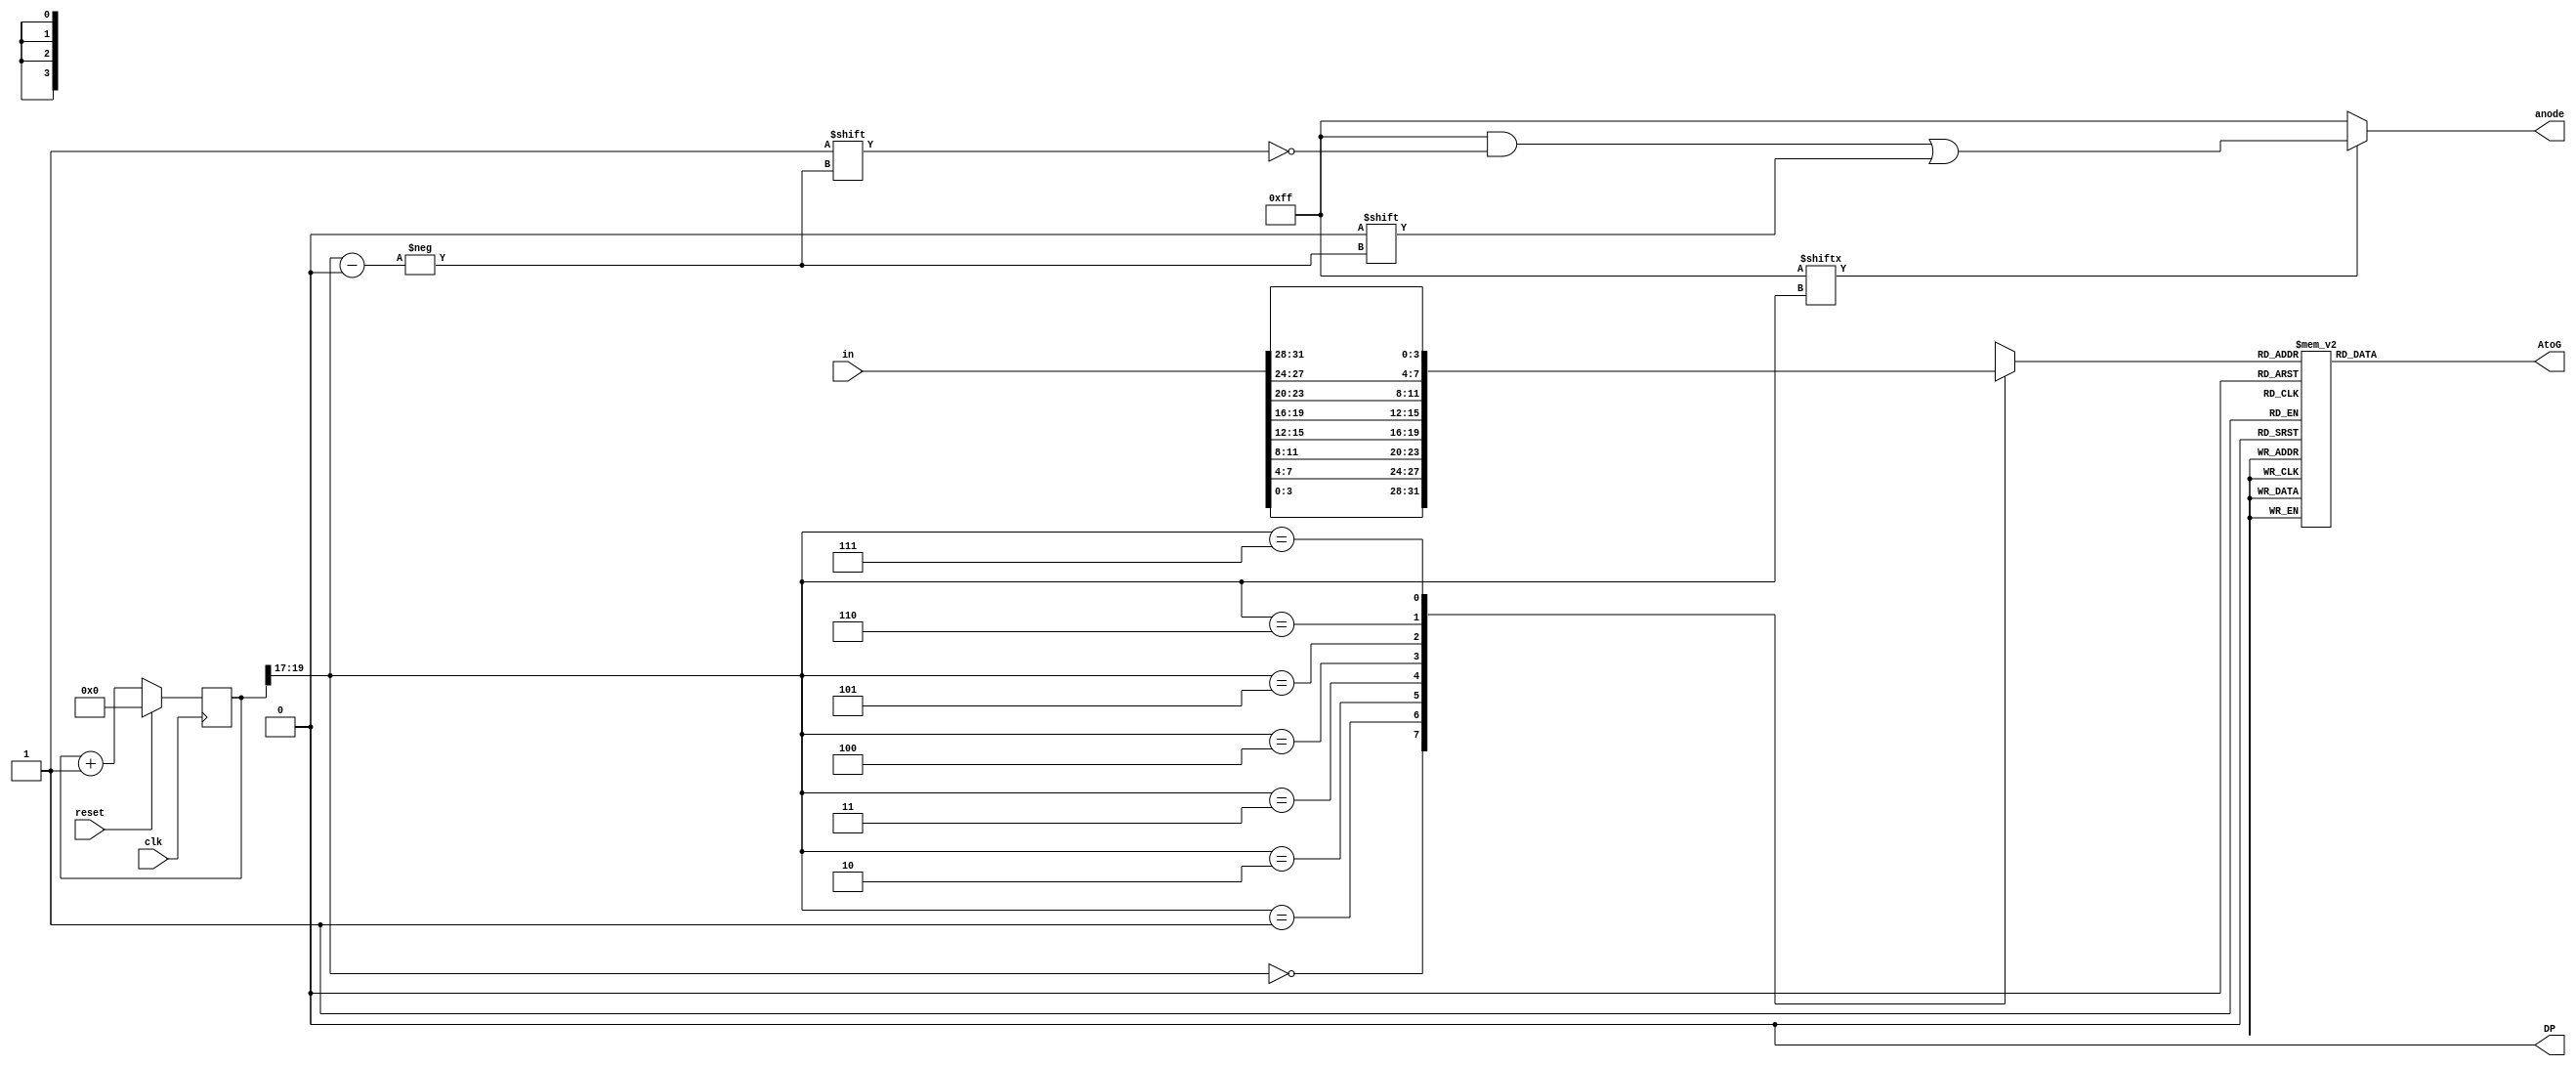
`timescale 1ns / 1ps
//////////////////////////////////////////////////////////////////////////////////
// Company: 
// Engineer: 
// 
// Design Name: 
// Module Name: ssd
// Project Name: 
// Target Devices: 
// Tool Versions: 
// Description: 
// 
// Dependencies: 
// 
// Revision:
// Revision 0.01 - File Created
// Additional Comments:
// 
//////////////////////////////////////////////////////////////////////////////////


`define anodeOn 8'hFF                   //AnodeON definition
`define initialDisplay 8'hFF            //initial 7-seg display definition 
`define DPOff 1'b0                      //DP is off definition

module ssd(
        input clk,                      //clock
        input reset,                    //reset
        input [31:0] in,                //input of size 32
        output DP,                      //decimal
        output reg [7:0] anode,         //anode for 7-segment
        output reg [6:0] AtoG           //AtoG for 7-segment conversion
            );
            
        wire [2:0] displaySelect;       //select the display
        wire [7:0] anodeEn;             //anode enable
        reg [3:0] digitDisplay = 0;     //which digit to display (4-bit)
        reg [19:0] clkCounter = 0;      //clock counter register for setting speeds
        
        assign DP = `DPOff;                             //set decimal point to be off
        assign displaySelect = clkCounter[19:17];       //clock counter register
        assign anodeEn = `initialDisplay;               //initial display
        
        //clock counter block
        always@(posedge clk)
            begin
                if(reset)
                    clkCounter <= 0;
                else
                    clkCounter <= clkCounter + 1;
            end
         
        always@(anodeEn, displaySelect)
            begin
                anode = `anodeOn;
                if(anode[displaySelect])
                    anode[displaySelect] = 1'b0;
            end
            
        //always block for input and display select
        always@(in, displaySelect)
            begin
                //case for display select
                case(displaySelect)
                    3'b000:     digitDisplay = in[3:0];
                    3'b001:     digitDisplay = in[7:4];
                    3'b010:     digitDisplay = in[11:8];
                    3'b011:     digitDisplay = in[15:12];
                    3'b100:     digitDisplay = in[19:16];
                    3'b101:     digitDisplay = in[23:20];
                    3'b110:     digitDisplay = in[27:24];
                    3'b111:     digitDisplay = in[31:28];
                    default:    digitDisplay = 4'bZZZZ;
                 endcase
             end
         
         //always block for digit to display
         always@(digitDisplay)
            begin
                case(digitDisplay)
                    0:          AtoG <= 7'b000_0001;
                    1:          AtoG <= 7'b100_1111;
                    2:          AtoG <= 7'b001_0010;
                    3:          AtoG <= 7'b000_0110;
                    4:          AtoG <= 7'b100_1100;
                    5:          AtoG <= 7'b010_0100;
                    6:          AtoG <= 7'b010_0000;
                    7:          AtoG <= 7'b000_1111;
                    8:          AtoG <= 7'b000_0000;
                    9:          AtoG <= 7'b000_0100;
                 4'hA:          AtoG <= 7'b000_1000;
                 4'hB:          AtoG <= 7'b110_0000;
                 4'hC:          AtoG <= 7'b011_0001;
                 4'hD:          AtoG <= 7'b100_0010;
                 4'hE:          AtoG <= 7'b011_0000;
                 4'hF:          AtoG <= 7'b011_1000;
                 default:       AtoG <= 7'bZZZ_ZZZZ;
              endcase
          end
endmodule